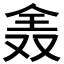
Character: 𠓰